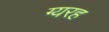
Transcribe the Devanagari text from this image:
ग्यरह